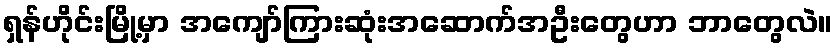
ရှန်ဟိုင်းမြို့မှာ အကျော်ကြားဆုံးအဆောက်အဦးတွေဟာ ဘာတွေလဲ။